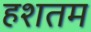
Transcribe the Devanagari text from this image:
हशतम